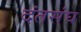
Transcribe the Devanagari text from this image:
दंतसंघ